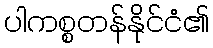
ပါကစ္စတန်နိုင်ငံ၏